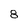
Character: 8